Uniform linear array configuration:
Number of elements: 12
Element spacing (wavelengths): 0.75
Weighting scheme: blackman
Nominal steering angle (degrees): -30
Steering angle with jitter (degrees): -31.489
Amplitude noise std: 0.05
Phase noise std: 0.05

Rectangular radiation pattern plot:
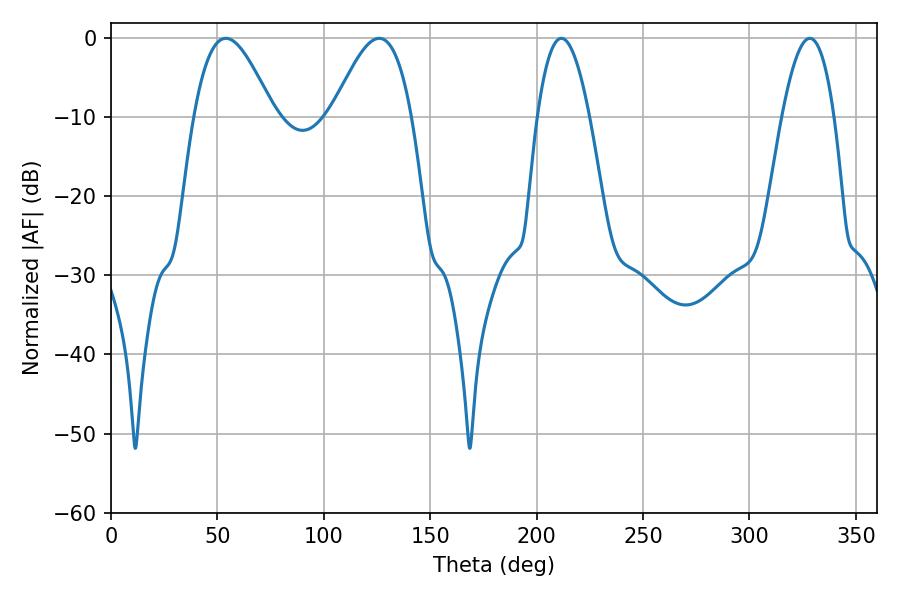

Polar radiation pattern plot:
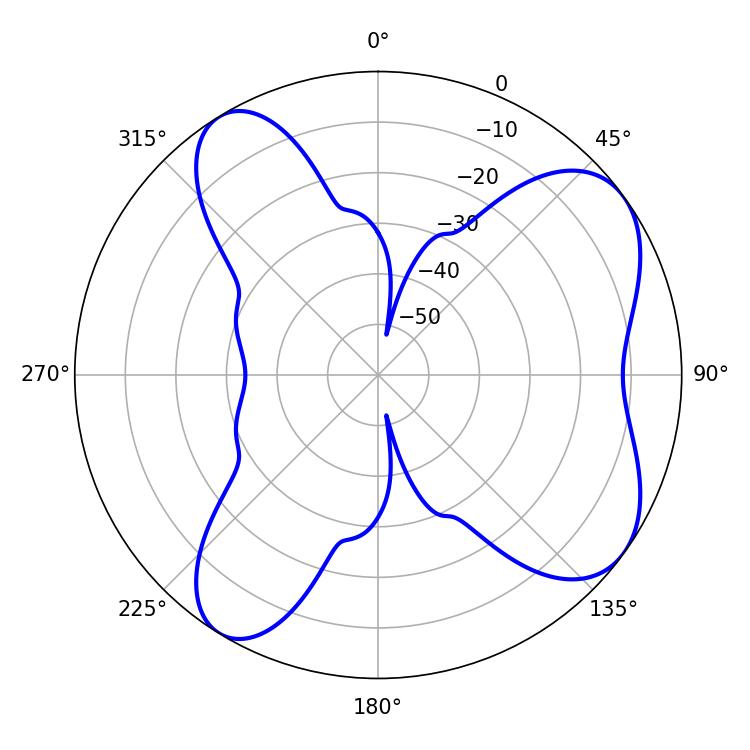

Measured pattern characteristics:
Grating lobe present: TRUE
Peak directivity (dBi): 7.103
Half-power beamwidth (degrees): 20.16
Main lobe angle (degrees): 54